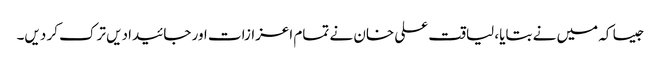
جیسا کہ میں نے بتایا، لیاقت علی خان نے تمام اعزازات اور جائیدادیں ترک کر دیں۔